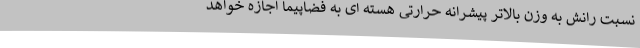
نسبت رانش به وزن بالاتر پیشرانه حرارتی هسته ای به فضاپیما اجازه خواهد